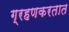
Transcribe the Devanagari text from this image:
ग्रहणकरतात